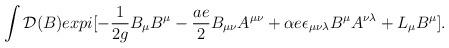
LaTeX: \begin{align*}\int{\cal D}(B)expi[-{1\over{2g}}B_\mu B^\mu -{{ae}\over 2} B_{\mu\nu}A^{\mu\nu}+\alpha e\epsilon_{\mu\nu\lambda}B^\mu A^{\nu\lambda} +L_\mu B^\mu].\end{align*}